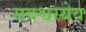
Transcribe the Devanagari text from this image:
सदश्वस्येव